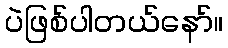
ပဲဖြစ်ပါတယ်နော်။